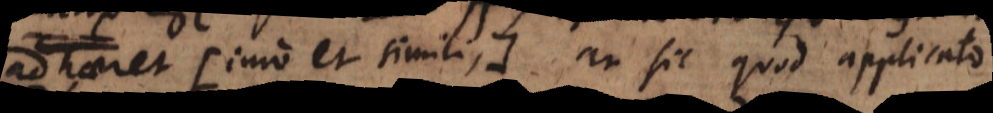
adhaeret (imo et simili), an sit quod applicato